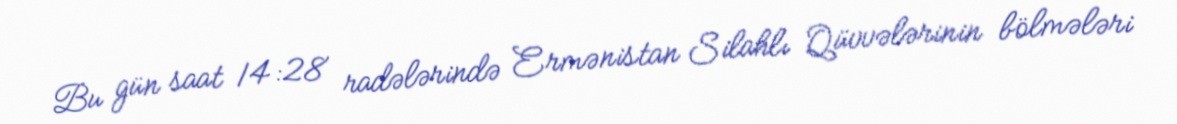
Bu gün saat 14:28 radələrində Ermənistan Silahlı Qüvvələrinin bölmələri